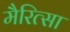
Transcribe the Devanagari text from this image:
मैरित्सा